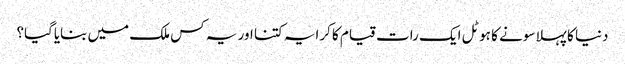
دنیا کا پہلا سونے کا ہوٹل ایک رات قیام کا کرایہ کتنا اور یہ کس ملک میں بنایاگیا؟